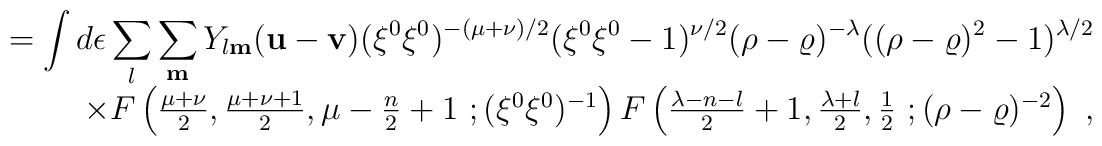
\begin{array}{r}=\displaystyle\int d\epsilon\sum_l\sum_{\bf m}Y_{l{\bf m}}({\bf u}-{\bf v})(\xi^0\xi^0)^{-(\mu+\nu)/2} (\xi^0\xi^0-1)^{\nu/2}(\rho-\varrho)^{-\lambda}((\rho-\varrho)^2-1)^{\lambda/2}\\\times F\left(\frac{\mu+\nu}{2},\frac{\mu+\nu+1}{2},          \mu-\frac{n}{2}+1~;(\xi^0\xi^0)^{-1}\right) F\left(\frac{\lambda-n-l}{2}+1,\frac{\lambda+l}{2},\frac{1}{2}~; (\rho-\varrho)^{-2}\right)~,\end{array}